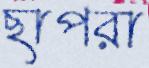
ছাপরা